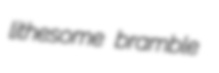
lithesome bramble